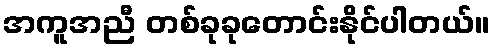
အကူအညီ တစ်ခုခုတောင်းနိုင်ပါတယ်။